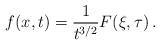
LaTeX: \begin{align*} f(x,t) = \frac{1}{t^{3/2}} F(\xi,\tau) \, .\end{align*}